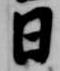
日